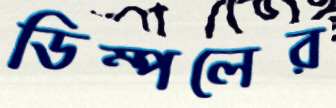
ডিম্পলের